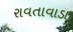
રાવતાવાડા